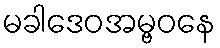
မခါဒေဝအမ္ဗဝနေ